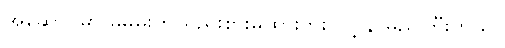
အဆောင်မှာ မမမိုးက ရည်းစားမထားဘူး လို့ နာမည်ကြီးတယ်။